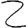
Digit: 2